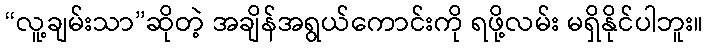
“လူ့ချမ်းသာ”ဆိုတဲ့ အချိန်အရွယ်ကောင်းကို ရဖို့လမ်း မရှိနိုင်ပါဘူး။